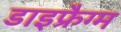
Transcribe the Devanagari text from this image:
डाइफ्रैग्म